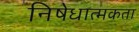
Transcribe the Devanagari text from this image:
निषेधात्मकता